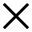
\times